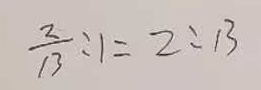
\frac { 2 } { 1 3 } : 1 = 2 : 1 3